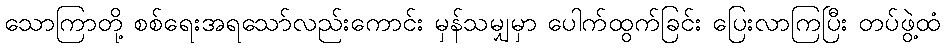
သောကြာတို့ စစ်ရေးအရသော်လည်းကောင်း မှန်သမျှမှာ ပေါက်ထွက်ခြင်း ပြေးလာကြပြီး တပ်ဖွဲ့ထံ